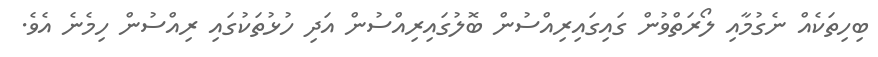
ބިހިތަކެއް ނެގުމާއި ލޯރަތްވުން ގައިގައިރިއްސުން ބޮލުގައިރިއްސުން އަދި ހުޅުތަކުގައި ރިއްސުން ހިމެނެ އެވެ.